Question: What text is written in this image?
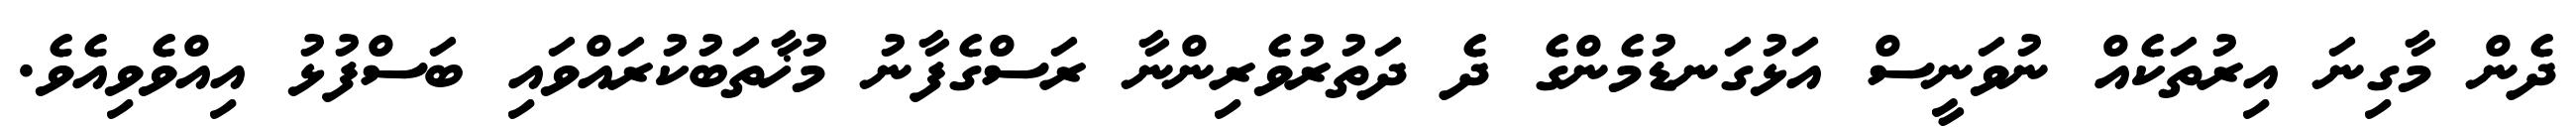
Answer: ދެން މާގިނަ އިރުތަކެއް ނުވަނީސް އަޅުގަނޑުމެންގެ ދެ ދަތުރުވެރިންނާ ރަސްގެފާނު މުޚާތަބުކުރައްވައި ބަސްފުޅު އިއްވެވިއެވެ.